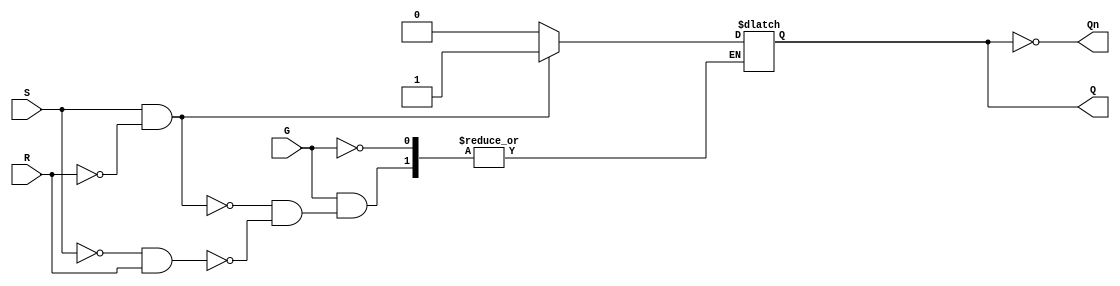
module gated_sr_latch (
    input wire S,      // Set input
    input wire R,      // Reset input
    input wire G,      // Enable input
    output reg Q,      // Output Q
    output wire Qn     // Output Q' (not Q)
);

    assign Qn = ~Q; // Q' is the inverse of Q

    always @(G, S, R) begin
        if (G) begin
            if (S && ~R) begin
                Q <= 1;  // Set Q to 1
            end else if (~S && R) begin
                Q <= 0;  // Reset Q to 0
            end else if (~S && ~R) begin
                // Maintain previous state (do nothing)
                // Q retains its value
            end else if (S && R) begin
                // Invalid state (S = 1, R = 1)
                // This condition can be handled as needed
                // For now, we will do nothing
            end
        end
        // If G is low, Q retains its previous state
    end

endmodule